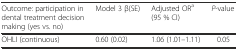
| Outcome: participation in dental treatment decision making (yes vs. no) | Model 3 β(SE) | Adjusted ORa (95 % CI) | P-value |
 | --- | --- | --- | --- |
 | OHLI (continuous) | 0.60 (0.02) | 1.06 (1.01–1.11) | 0.05 |